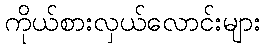
ကိုယ်စားလှယ်လောင်းများ